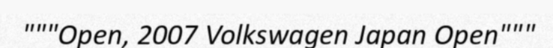
"""Open, 2007 Volkswagen Japan Open"""